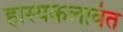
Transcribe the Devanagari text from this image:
हास्यकलावंत